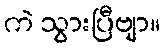
ကဲ သွားပြီဗျာ။